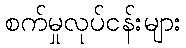
စက်မှုလုပ်ငန်းများ